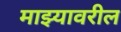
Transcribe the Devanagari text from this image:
माझ्यावरील